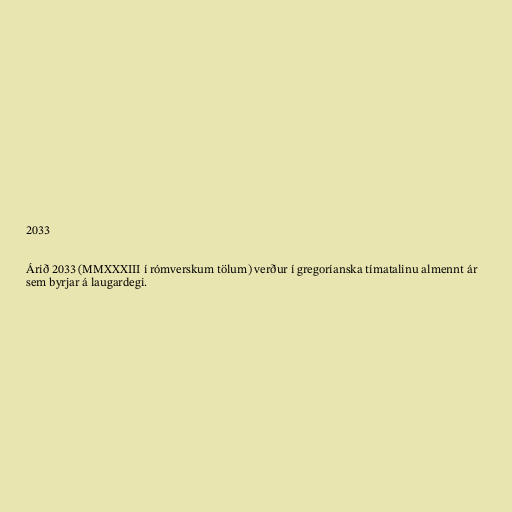
2033

Árið 2033 (MMXXXIII í rómverskum tölum) verður í gregoríanska tímatalinu almennt ár
sem byrjar á laugardegi.